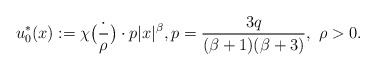
\begin{align*} u^*_0(x) := \chi\big(\frac{\cdot}{\rho}\big)\cdot p|x|^\beta, p = \frac{3q}{(\beta+1)(\beta+3)},\ \rho > 0.\end{align*}